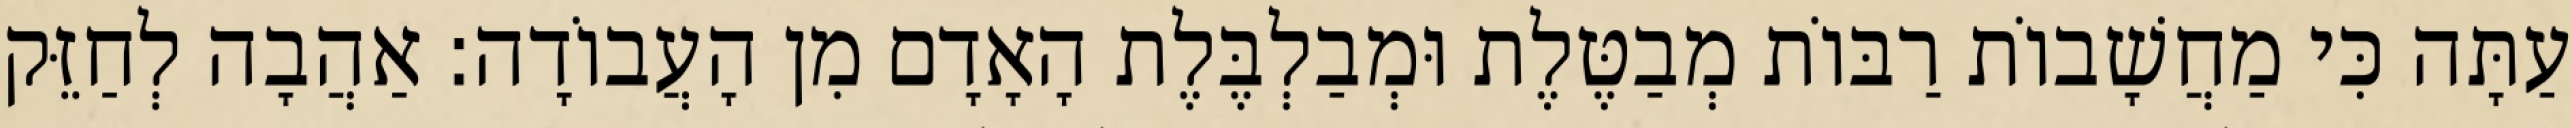
עַתָּה כִּי מַחֲשָׁבוֹת רַבּוֹת מְבַטֶּלֶת וּמְבַלְבֶּלֶת הָאָדָם מִן הָעֲבוֹדָה: אַהֲבָה לְחַזֵּק